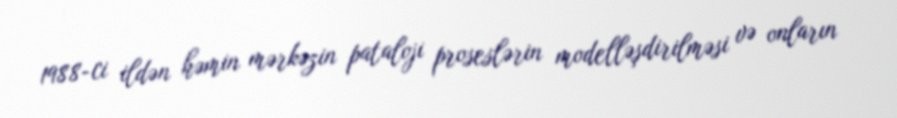
1988-ci ildən həmin mərkəzin pataloji proseslərin modelləşdirilməsi və onların